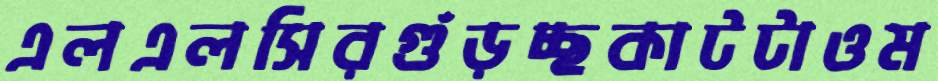
এলএলসিরগুঁড়চ্ছকাটটাওম